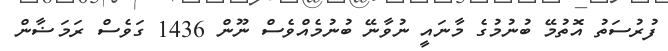
ފުރުސަތު އޮތުމޭ ބުނުމުގެ މާނައީ ނުވާނޭ ބުނުމެއްވެސް ނޫން 1436 ގަވެސް ރަމަޟާން